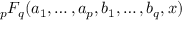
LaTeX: { } _ { p } F _ { q } ( a _ { 1 } , \ldots , a _ { p } , b _ { 1 } , \ldots , b _ { q } , x )